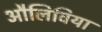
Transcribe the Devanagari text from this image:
औलिविया